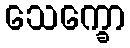
သေက္ခော